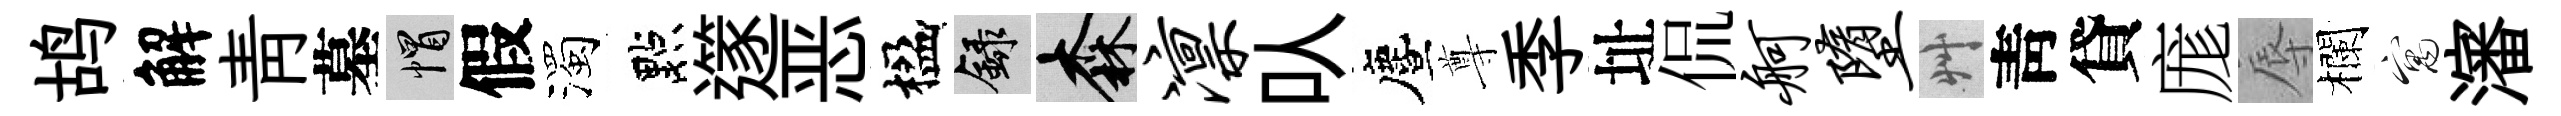
鸪解靑墓帽假濁點𨗹恶楹録森凛㕥󵨌尊季址侃舸堕艸靑貸庬辱欄寓瀋